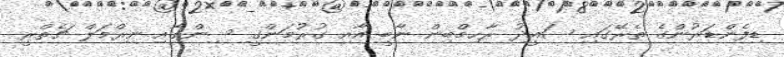
ޑިފެންޑަރުންގެ ތެރޭގައި ސައީދު ރާހިމްބިން ނާބީ އާއި ގުރުމަންގީ ސިންގާއި ނިރްމަލް ޗެތްރީ